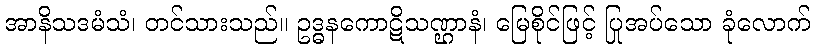
အာနိသဒမံသံ၊ တင်သားသည်။ ဥဒ္ဓနကောဋိသဏ္ဌာနံ၊ မြေစိုင်ဖြင့် ပြုအပ်သော ခုံလောက်